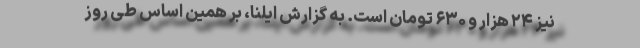
نیز ۲۴ هزار و ۶۳۰ تومان است. به گزارش ایلنا، بر همین‌ اساس طی روز